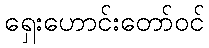
ရှေးဟောင်းတော်ဝင်